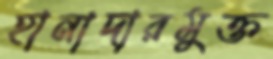
হানাদারমুক্ত